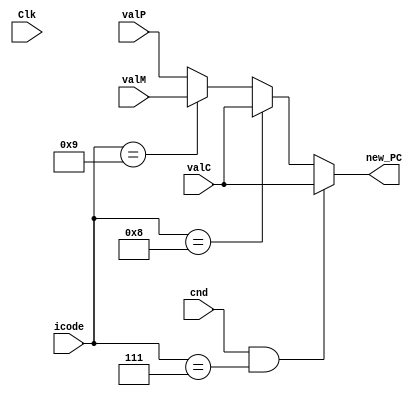
module PC_update (
    input Clk,
    input [3:0] icode,
    input cnd,
    input [63:0] valC,
    input [63:0] valP,
    input [63:0] valM,
    output reg [63:0] new_PC
);

always @(*) begin
    if(cnd==1 && icode==7)
    begin
        new_PC=valC;
    end
    else if(icode==8)
    begin
        new_PC=valC;
    end
    else if(icode==9)
    begin
        new_PC=valM;
    end
    else
    begin
        new_PC=valP;
    end
end
    
endmodule